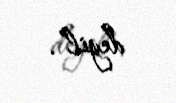
deyil”.